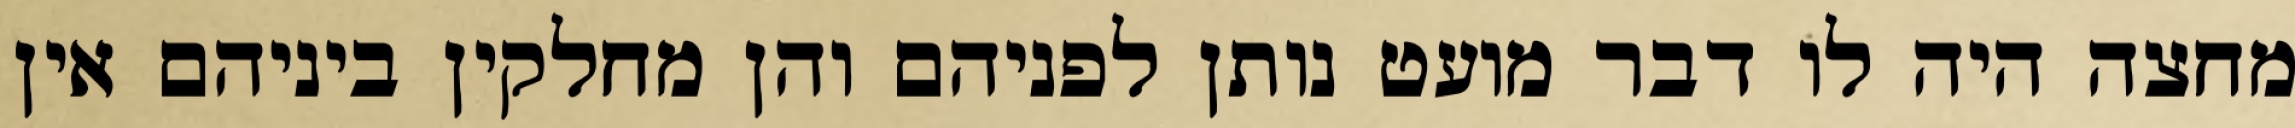
מחצה היה לו דבר מועט נותן לפניהם והן מחלקין ביניהם אין